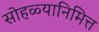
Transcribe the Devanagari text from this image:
सोहळ्यानिमित्त